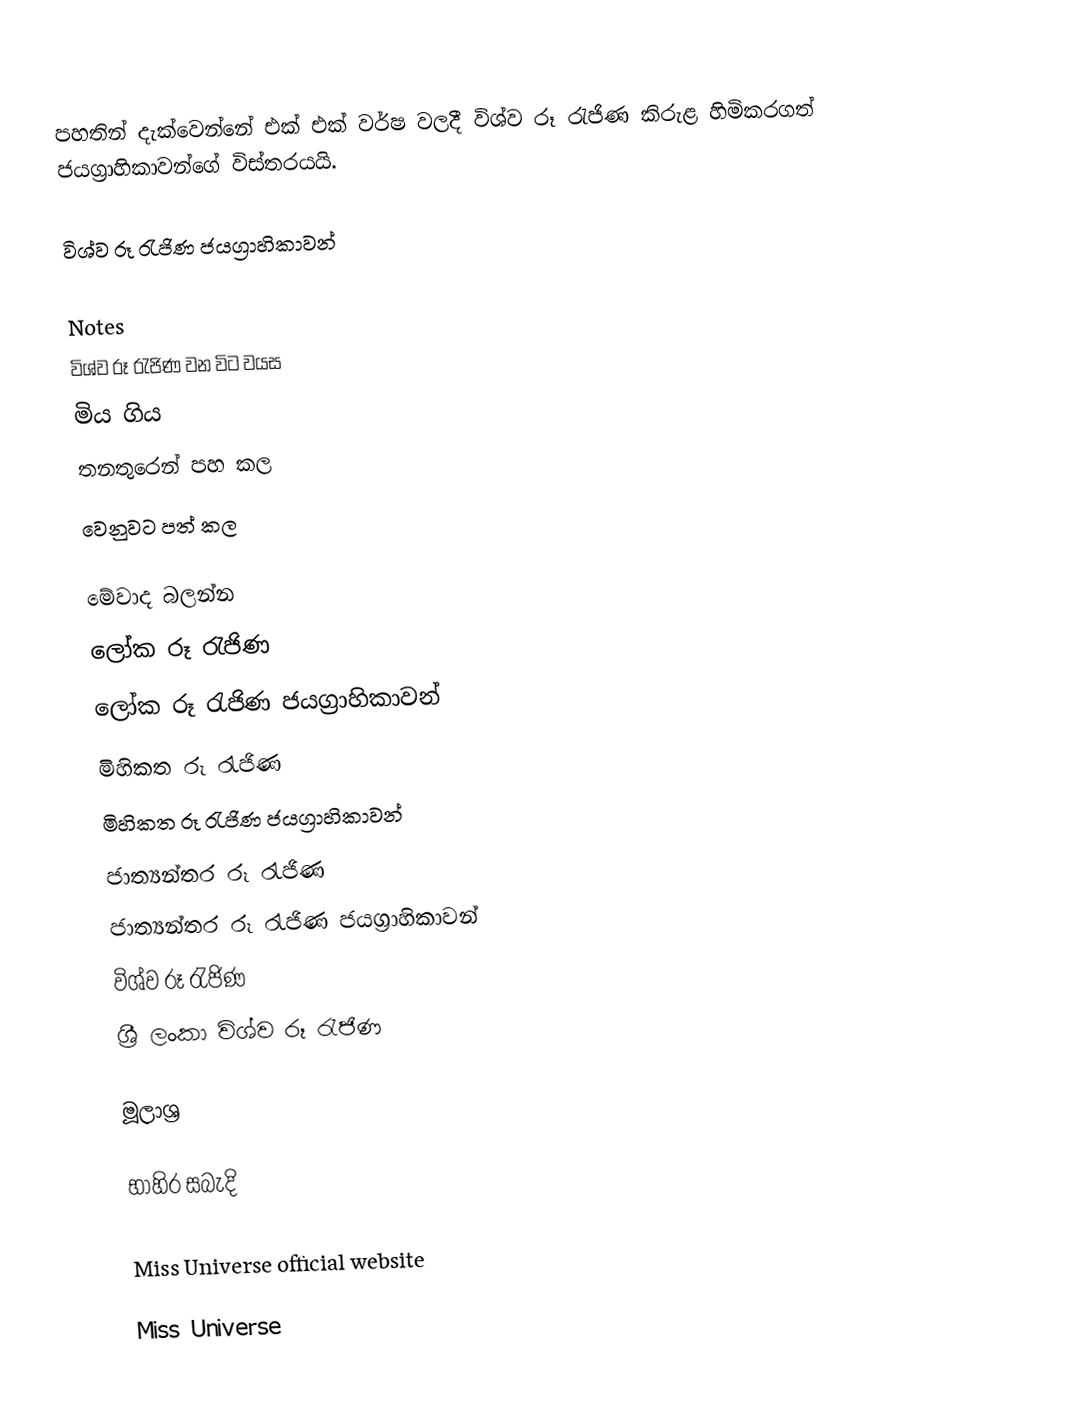
පහතින් දැක්වෙන්නේ එක් එක් වර්ෂ වලදී විශ්ව රූ රැජිණ කිරුළ හිමිකරගත් ජයග්‍රාහිකාවන්ගේ විස්තරයයි.

විශ්ව රූ රැජිණ ජයග්‍රාහිකාවන්

Notes
 විශ්ව රූ රැජිණ වන විට වයස
 මිය ගිය
 තනතුරෙන් පහ කල
 වෙනුවට පත් කල

මේවාද බලන්න
 ලෝක රූ රැජිණ
 ලෝක රූ රැජිණ ජයග්‍රාහිකාවන්
 මිහිකත රූ රැජිණ
 මිහිකත රූ රැජිණ ජයග්‍රාහිකාවන්
 ජාත්‍යන්තර රූ රැජිණ
 ජාත්‍යන්තර රූ රැජිණ ජයග්‍රාහිකාවන්
 විශ්ව රූ රැජිණ
 ශ්‍රී ලංකා විශ්ව රූ රැජිණ

මූලාශ්‍ර

භාහිර සබැදි

 Miss Universe official website

Miss Universe